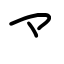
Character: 龴